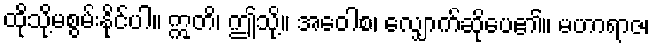
ထိုသို့မစွမ်းနိုင်ပါ။ ဣတိ၊ ဤသို့။ အဝေါစ၊ လျှောက်ဆိုပေ၏။ မဟာရာဇ၊